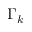
\Gamma _ { k }